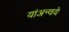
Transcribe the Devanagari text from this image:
यांअन्वये